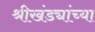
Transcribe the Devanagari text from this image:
श्रीखंड्यांच्या